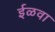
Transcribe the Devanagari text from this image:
ईळवा